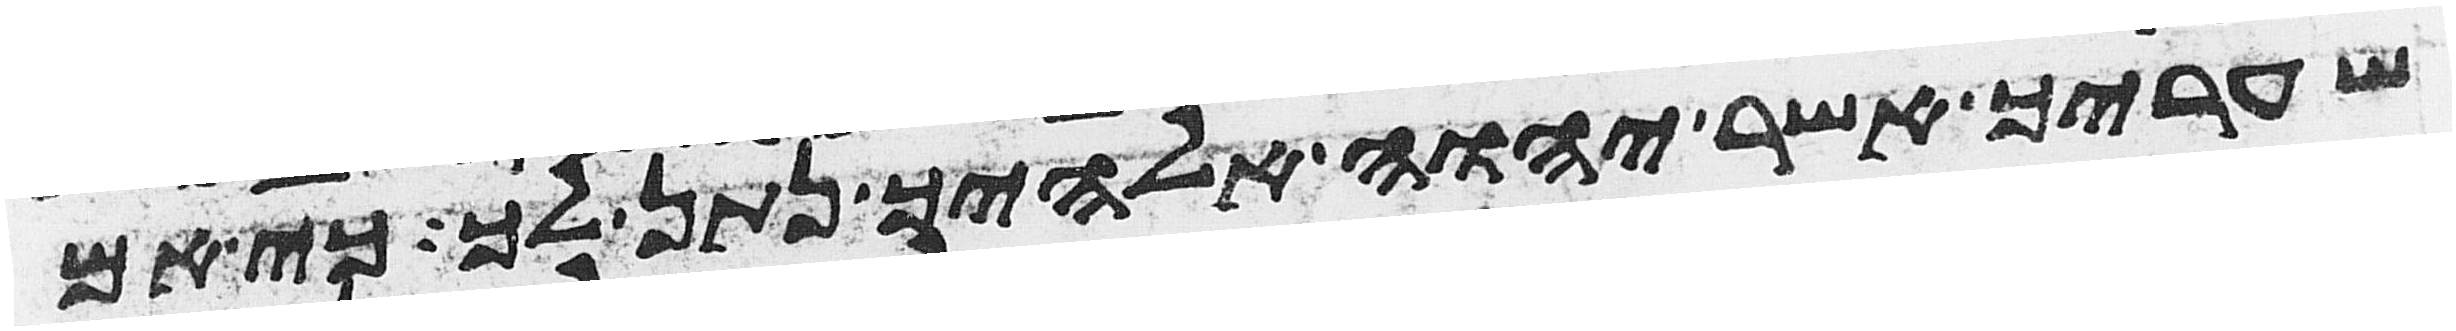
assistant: שעריך אשר יהוה אלהיך נתן לך כי אם